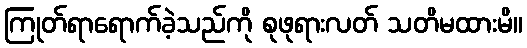
ကြုတ်ရာရောက်ခဲ့သည်ကို စုဖုရားလတ် သတိမထားမိ။